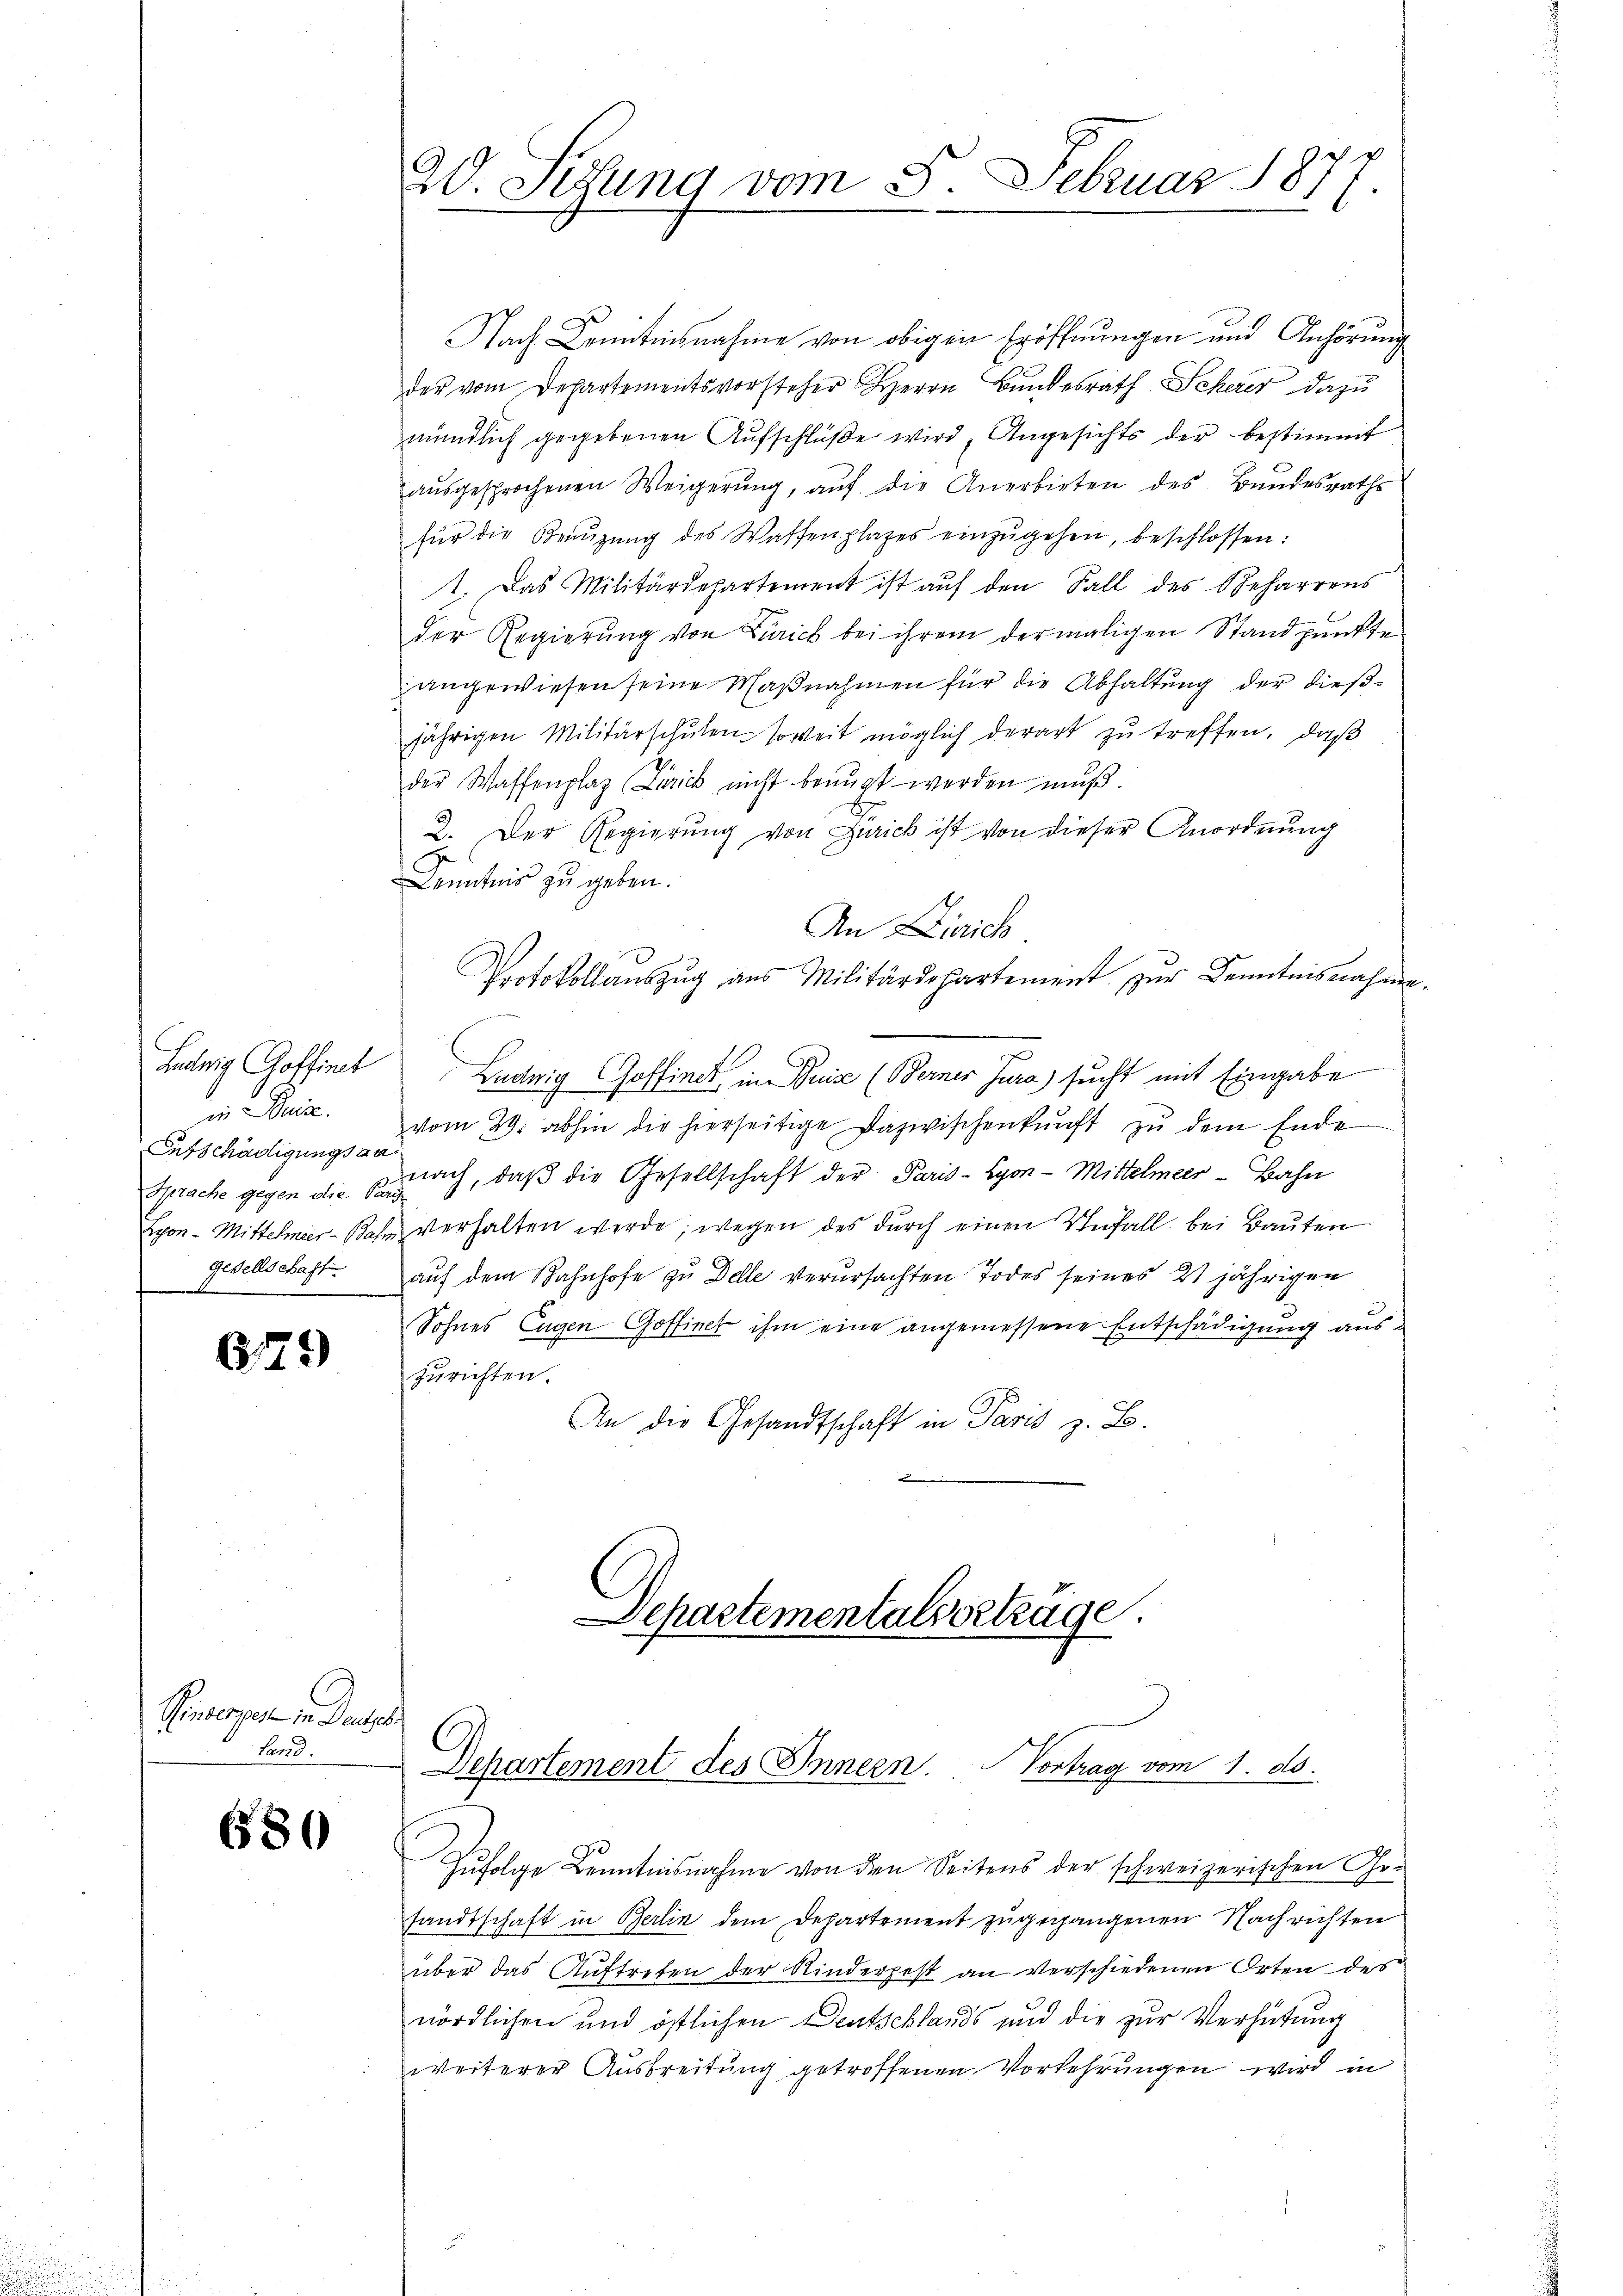
Ludwig Goffinet
in eine.
Entschädigungsaa
gesellschaft.
e

279

Pinserer in Deutet.
Land.

680

Nach Kenntnisnahme von obigen Eröffnungen und Anhörung
der vom Departementsvorsteher Herrn Bundesrath Scherer dazu
mündlich gegebenen Aufschlüße wird, Angesichts der bestimmt
aŭsgesprochenen Weigerŭng, aŭf die Anerbieten des Bundesraths
für die Beaŭzŭng des Waffenplatzes einzŭgehen, beschlossen:
1. Das Militärdepartement ist aŭf den Fall des Beharrens
der Regierung von Zürich bei ihrem dermaligen Standpunkte
angewiesen seine Maßnahmen für die Abhaltung der dießjährigen Militärschŭlen- soweit möglich derart zu treffen, daß
der Waffenplaz (Zürich nicht benŭgt werden mŭβ.
2. Der Regierung von Zürich ist von dieser Anordnung
Kenntnis zu geben.
An Zürich
Protokollauszug aus Militärdepartement zur Kenntnisnahmen.
Ludwig Goffiner in Duise (Berner Jura) sucht mit Eingabe
vom 29. abhin die hierseitige Dazwischenkunft zu dem Ende
Sprache gegen die sprach, daß die Gesellschaft der Paris-Syon-Mittelmeer-Bahn
Lyon - Mittelmer-Bahn verhalten werde, wegen des durch einen Unfall bei Bauten
auf dem Bahnhofe zu Delle verursachten Todes seines 21 jährigen
Sohnes Eugen Goffinet ihm eine angemessene Entschädigung auszurichten.
An die Gesandtschaft in Paris z. B.

20. Setzung vom 8. Februar 1877.

Departementals betrage.
Dehartement des Innern. Vortrag vom 1. ds.

Zufolge Kenntnisnahme von den Seitens der schweizerischen Gesandtschaft in Berlin dem Departement zugegangenen Nachrichten
über das Auftreten der Kinderpest an verschiedenen Orten des
nördlichen und östlichen Deutschlands und die zur Verhütung
weiterer Ausbreitung getroffenen Vorkehrungen wird in